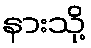
နားသို့